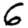
Digit: 6